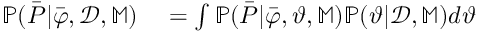
\begin{array} { r l } { \mathbb { P } ( \boldsymbol { \bar { P } } | \boldsymbol { \bar { \varphi } } , \mathcal { D } , \mathbb { M } ) } & { { } = \int \mathbb { P } ( \boldsymbol { \bar { P } } | \boldsymbol { \bar { \varphi } } , \boldsymbol { \vartheta } , \mathbb { M } ) \mathbb { P } ( \boldsymbol { \vartheta } | \mathcal { D } , \mathbb { M } ) d \boldsymbol { \vartheta } } \end{array}